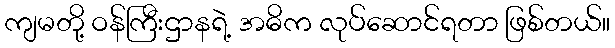
ကျမတို့ ဝန်ကြီးဌာနရဲ့ အဓိက လုပ်ဆောင်ရတာ ဖြစ်တယ်။